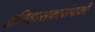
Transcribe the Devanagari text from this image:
इतिहासकारांपाशी